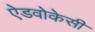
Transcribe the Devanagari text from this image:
ऐडवोकेसी